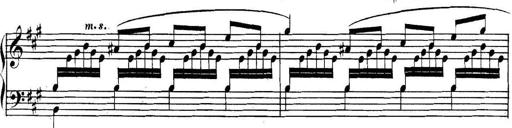
Title: Collected Piano Sonatas
Composer: Muzio Clementi